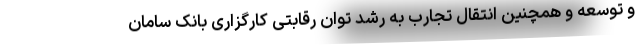
و توسعه و همچنین انتقال تجارب به رشد توان رقابتی کارگزاری بانک سامان